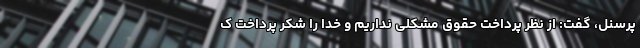
پرسنل، گفت: از نظر پرداخت حقوق مشکلی نداریم و خدا را شکر پرداخت ک